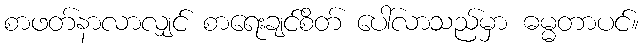
စာဖတ်နာလာလျှင် စာရေးချင်စိတ် ပေါ်လာသည်မှာ ဓမ္မတာပင်။